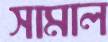
সামাল